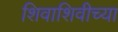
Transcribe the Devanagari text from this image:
शिवाशिवीच्या